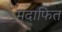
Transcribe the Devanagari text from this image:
मदाफित